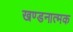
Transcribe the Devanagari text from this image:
खण्डनात्मक